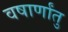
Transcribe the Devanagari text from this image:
वषार्णांतु